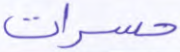
حسرات